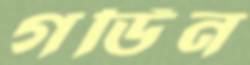
গর্ডিন